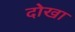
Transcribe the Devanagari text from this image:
दोखा